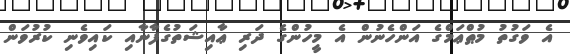
އެ ވަގުތު މުޠްޢަމްގެ އަންހެނުން އެ މީހުންގެ ދަރި ޢާއިޝަތުގެފާނާއި ކައިވެނި ކުރުވަން